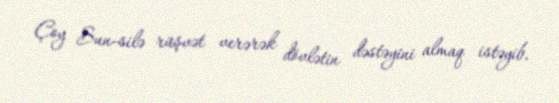
Çoy Sun-silə rüşvət verərək dövlətin dəstəyini almaq istəyib.